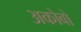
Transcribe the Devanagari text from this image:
अकोबो